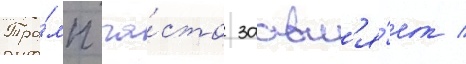
Тра́мп ча́сто заавл'я́ет /